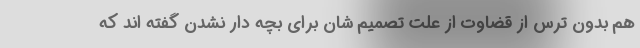
هم بدون ترس از قضاوت از علت تصمیم شان برای بچه دار نشدن گفته اند که